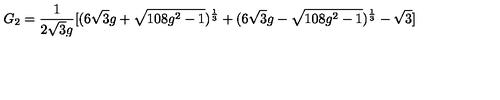
G _ { 2 } = \frac { 1 } { 2 \sqrt { 3 } g } [ ( 6 \sqrt { 3 } g + \sqrt { 1 0 8 g ^ { 2 } - 1 } ) ^ { \frac { 1 } { 3 } } + ( 6 \sqrt { 3 } g - \sqrt { 1 0 8 g ^ { 2 } - 1 } ) ^ { \frac { 1 } { 3 } } - \sqrt { 3 } ]